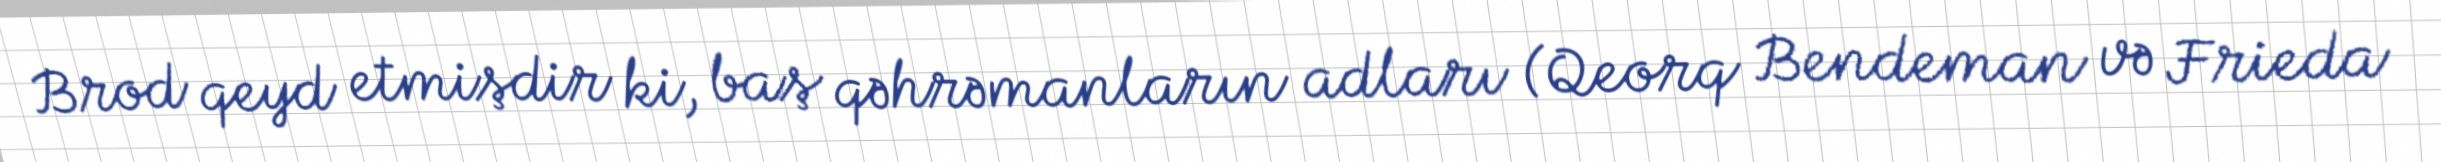
Brod qeyd etmişdir ki, baş qəhrəmanların adları (Qeorq Bendeman və Frieda